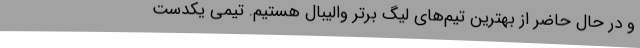
و در حال حاضر از بهترین تیم‌های لیگ برتر والیبال هستیم. تیمی یکدست